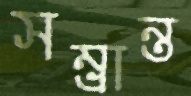
সম্ভ্রান্ত